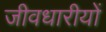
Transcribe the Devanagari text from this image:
जीवधारीयों